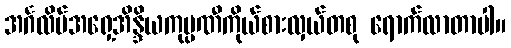
အင်္ဂလိပ်အရှေ့အိန္ဒိယကုမ္ပဏီကိုယ်စားလှယ်တစု ရောက်လာတာပါ။